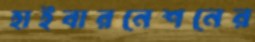
হাইবারনেশনের